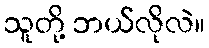
သူတို့ ဘယ်လိုလဲ။